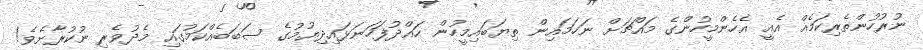
ނުރުހުންތެރިކަމެއް އެއީ އެހެންމީހުންގެ މައްޗަށް ނަހަމައިން ތިޔަބައިމީހުން ހައްދުފަހަނަޅައިދިޔުމުގެ ސަބަބެއްކަމުގައި މެދުވެރި ނުކުރާށެވެ!